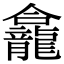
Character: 龕